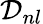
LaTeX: {\cal{D}}_{nl}